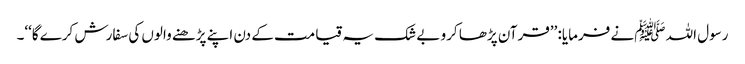
رسول اللہ ﷺنے فرمایا: ’’قرآن پڑھا کرو بے شک یہ قیامت کے دن اپنے پڑھنے والوں کی سفارش کرے گا‘‘۔